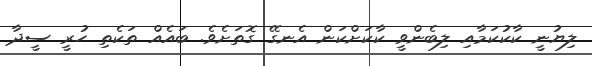
ލިޔުނީ ކާކުކަމާއި ލިބެންވީ ކާކަށްކަން އެނގޭ ގޮތަށެވެ. ބައެއް ތަކެތި ހުރީ ސީދާ